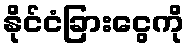
နိုင်ငံခြားငွေကို